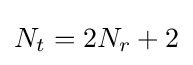
N_{t}=2N_{r}+2